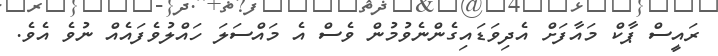
ރައީސް ޕާކް މައާފަށް އެދިވަޑައިގެންނެވުމުން ވެސް އެ މައްސަލަ ހައްލުވެފައެއް ނުވެ އެވެ.